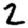
Digit: 2